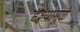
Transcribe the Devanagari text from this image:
दृश्यामुळे